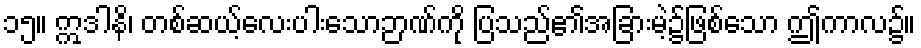
၁၅။ ဣဒါနိ၊ တစ်ဆယ့်လေးပါးသောဉာဏ်ကို ပြသည်၏အခြားမဲ့၌ဖြစ်သော ဤကာလ၌။